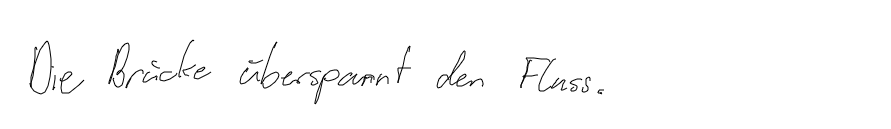
Die Brücke überspannt den Fluss.